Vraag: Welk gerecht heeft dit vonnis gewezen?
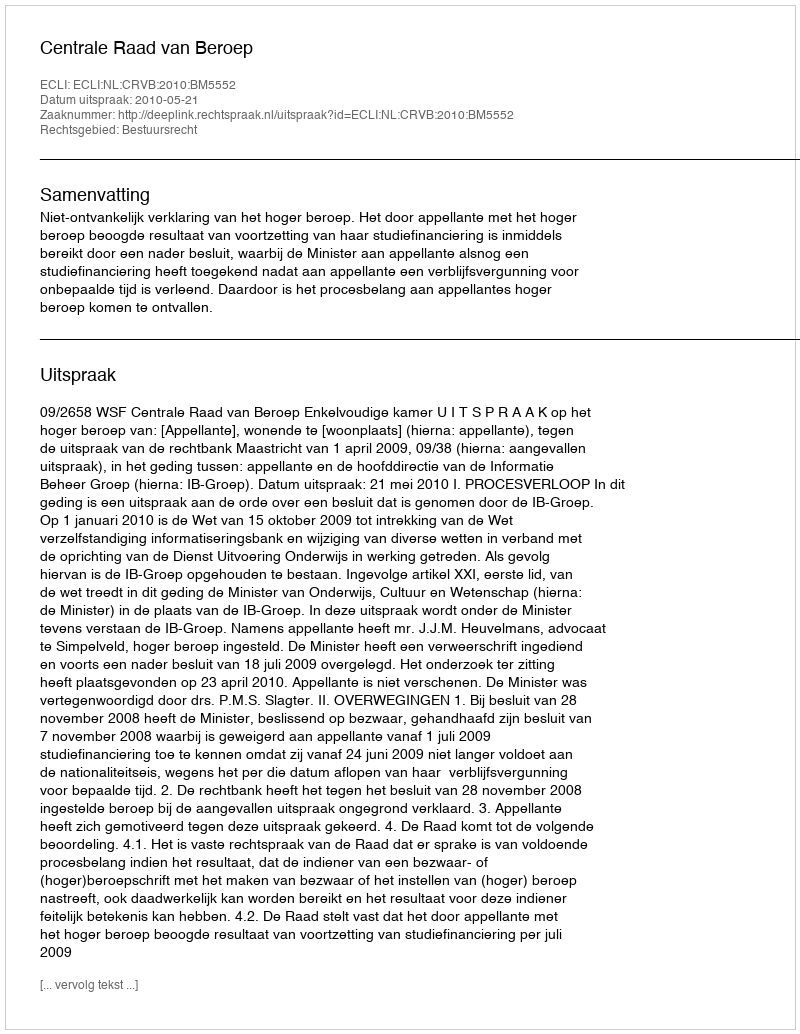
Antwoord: Centrale Raad van Beroep